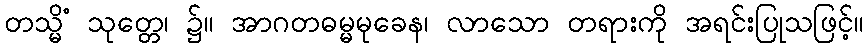
တသ္မိံ သုတ္တေ၊ ၌။ အာဂတဓမ္မမုခေန၊ လာသော တရားကို အရင်းပြုသဖြင့်။